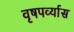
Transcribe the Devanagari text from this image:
वृषपर्व्यास